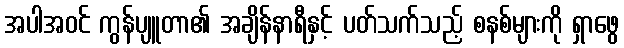
အပါအဝင် ကွန်ပျူတာ၏ အချိန်နာရီနှင့် ပတ်သက်သည့် စနစ်များကို ရှာဖွေ